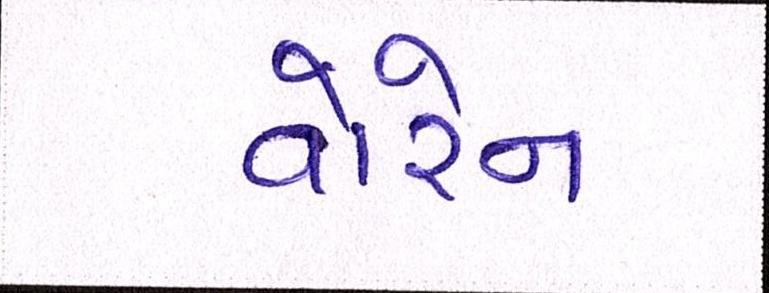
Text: વોરેન